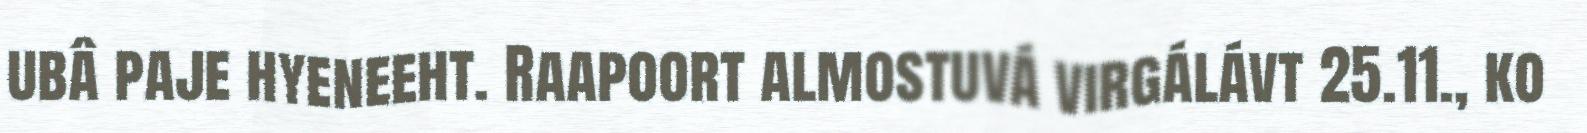
ubâ paje hyeneeht. Raapoort almostuvá virgálávt 25.11., ko